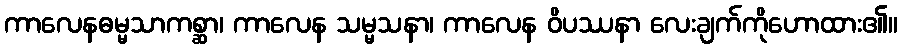
ကာလေနဓမ္မသာကစ္ဆာ၊ ကာလေန သမ္မသနာ၊ ကာလေန ဝိပဿနာ လေးချက်ကိုဟောထား၏။